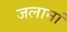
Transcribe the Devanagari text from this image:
जलानां